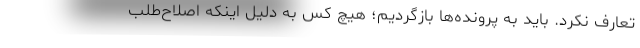
تعارف نکرد. باید به پرونده‌ها بازگردیم؛ هیچ کس به دلیل اینکه اصلاح‌طلب